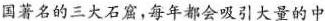
国著名的三大石窟，每年都会吸引大量的中